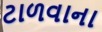
ટાળવાના